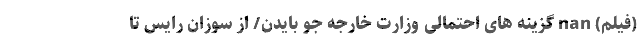
(فیلم) nan گزینه های احتمالی وزارت خارجه جو بایدن/ از سوزان رایس تا